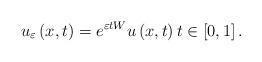
LaTeX: \begin{align*}u_{\varepsilon }\left( x,t\right) =e^{\varepsilon tW}u\left( x,t\right) t\in \left[ 0,1\right] . \end{align*}